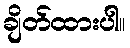
ချိတ်ထားပါ။